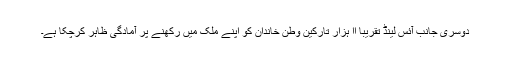
دوسری جانب آئس لینڈ تقریباً اا ہزار تارکین وطن خاندان کو اپنے ملک میں رکھنے پر آمادگی ظاہر کرچکا ہے۔